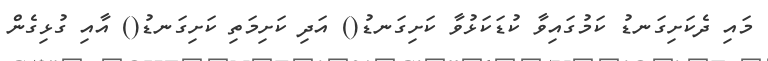
މައި ދެކަށިގަނޑު ކަމުގައިވާ ކުޑަކަޅުވާ ކަށިގަނޑު() އަދި ކަށިމަތި ކަށިގަނޑު() އާއި ގުޅިގެން